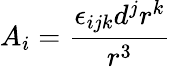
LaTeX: A_{i}=\frac{\epsilon_{ijk}d^{j}r^{k}}{r^{3}}